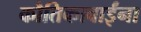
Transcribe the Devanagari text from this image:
कौतिकाबाईंना